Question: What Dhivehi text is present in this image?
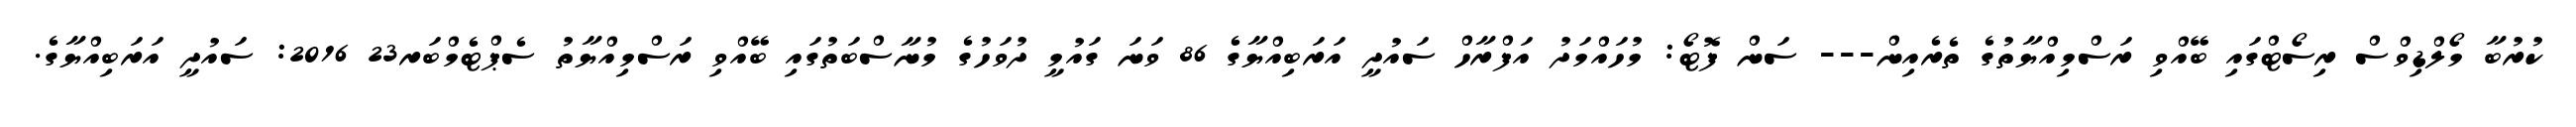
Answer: ކުރުބާ މޯލްޑިވްސް ރިސޯޓްގައި ބޭއްވި ރަސްމިއްޔާތުގެ ތެރެއިން--- ސަން ފޮޓޯ: މުހައްމަދު އަފްރާހް ސައުދީ އަރަބިއްޔާގެ 86 ވަނަ ގައުމީ ދުވަހުގެ މުނާސްބަތުގައި ބޭއްވި ރަސްމިއްޔާތު ސެޕްޓެމްބަރ23 2016: ސައުދީ އަރަބިއްޔާގެ.